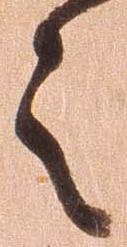
之